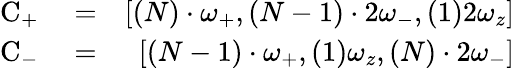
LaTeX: \begin{array}{rlr}{\mathrm{C}_{+}}&{{}=}&{\left[(N)\cdot\omega_{+},(N-1)\cdot 2\omega_{-},(1)2\omega_{z}\right]}\\ {\mathrm{C}_{-}}&{{}=}&{\left[(N-1)\cdot\omega_{+},(1)\omega_{z},(N)\cdot 2\omega_{-}\right]}\end{array}